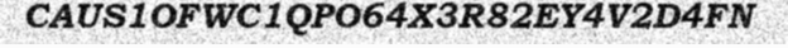
CAUS1OFWC1QPO64X3R82EY4V2D4FN